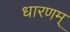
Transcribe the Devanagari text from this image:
धारणम्